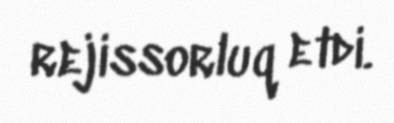
rejissorluq etdi.